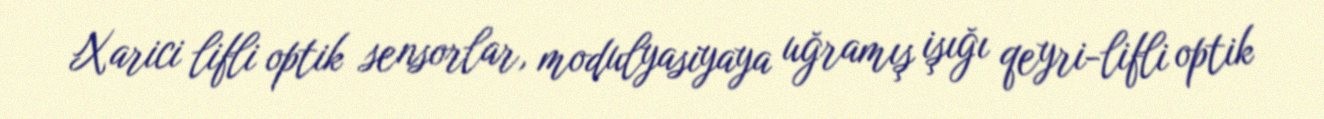
Xarici lifli optik sensorlar, modulyasiyaya uğramış işığı qeyri-lifli optik